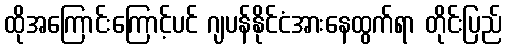
ထိုအကြောင်းကြောင့်ပင် ဂျပန်နိုင်ငံအားနေထွက်ရာ တိုင်းပြည်